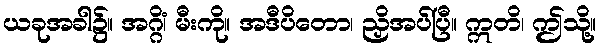
ယခုအခါ၌။ အဂ္ဂိံ၊ မီးကို။ အဒီပိတော၊ ညှိအပ်ပြီ။ ဣတိ၊ ဤသို့။